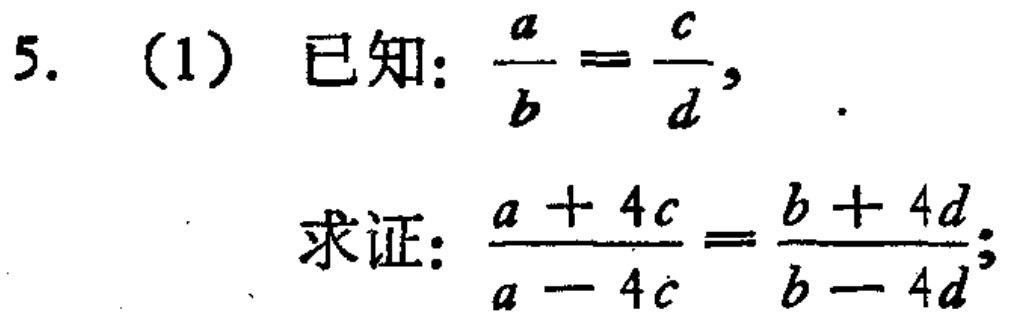
5. (1) 已知：$\frac{a}{b}=\frac{c}{d}$.
求证：$\frac{a + 4c}{a - 4c}=\frac{b + 4d}{b - 4d}$;